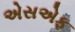
એસએફ